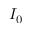
I _ { 0 }